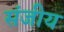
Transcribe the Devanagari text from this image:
संजीय